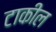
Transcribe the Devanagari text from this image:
टाकील